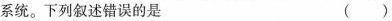
系统。下列叙述错误的是 ()